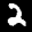
Label: 2